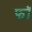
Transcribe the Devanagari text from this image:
फॉ